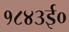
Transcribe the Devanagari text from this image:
१८४३ई०